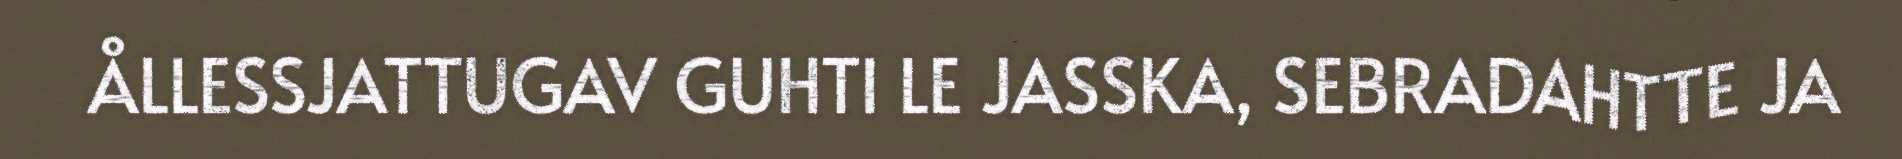
ÅLLESSJATTUGAV GUHTI LE JASSKA, SEBRADAHTTE JA